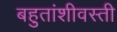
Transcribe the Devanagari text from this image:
बहुतांशीवस्ती